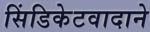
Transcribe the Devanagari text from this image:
सिंडिकेटवादाने